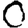
Digit: 0